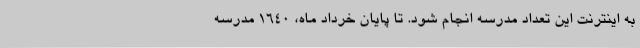
به اینترنت این تعداد مدرسه انجام شود. تا پایان خرداد ماه، 1640 مدرسه